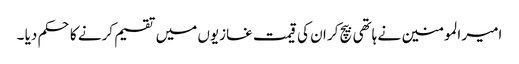
امیر المومنین نے ہاتھی بیچ کر ان کی قیمت غازیوں میں تقسیم کرنے کا حکم دیا ۔